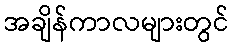
အချိန်ကာလများတွင်